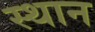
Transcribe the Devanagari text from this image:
स्‍थान